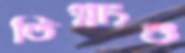
তিগ্নাংশু